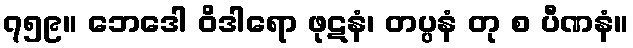
၇၅၉။ ဘေဒေါ ဝိဒါရော ဖုဋနံ၊ တပ္ပနံ တု စ ပီဏနံ။